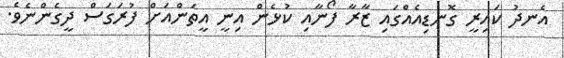
އެނދު ކައިރީ ގޮނޑިއެއްގައި ޒާރާ ފޯނާއި ކުޅެން އިނީ އީތަންއަށް ފުރަގަސް ދީގެންނެވެ.